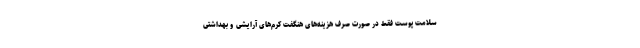
سلامت پوست فقط در صورت صرف هزینه‌های هنگفت کرم‌های آرایشی و بهداشتی